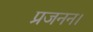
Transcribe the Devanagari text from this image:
प्रजनन।